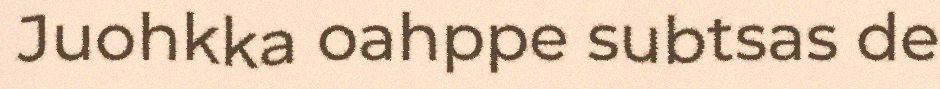
Juohkka oahppe subtsas de